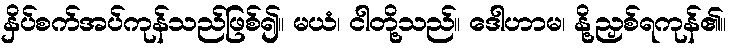
နှိပ်စက်အပ်ကုန်သည်ဖြစ်၍။ မယံ၊ ငါတို့သည်။ ဒေါဟာမ၊ နို့ညှစ်ရကုန်၏။